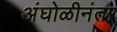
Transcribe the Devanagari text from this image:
अंघोळीनंतर